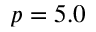
p = 5 . 0